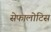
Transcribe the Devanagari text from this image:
सेफालोटिस